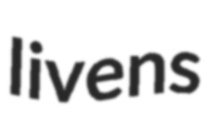
livens